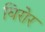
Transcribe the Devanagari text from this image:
घिरोर